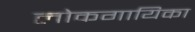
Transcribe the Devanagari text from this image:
लोकगायिका